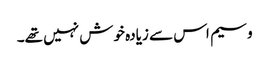
وسیم اس سے زیادہ خوش نہیں تھے۔